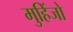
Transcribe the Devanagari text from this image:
मुहिंजो